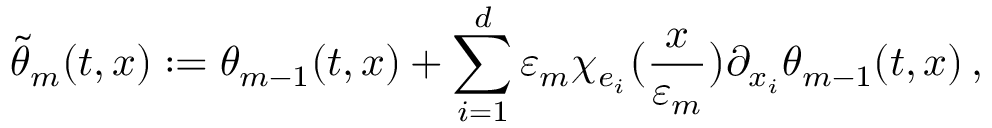
\tilde { \theta } _ { m } ( t , x ) : = \theta _ { m - 1 } ( t , x ) + \sum _ { i = 1 } ^ { d } \varepsilon _ { m } \chi _ { e _ { i } } \bigl ( \frac { x } { \varepsilon _ { m } } \bigr ) \partial _ { x _ { i } } \theta _ { m - 1 } ( t , x ) \, ,